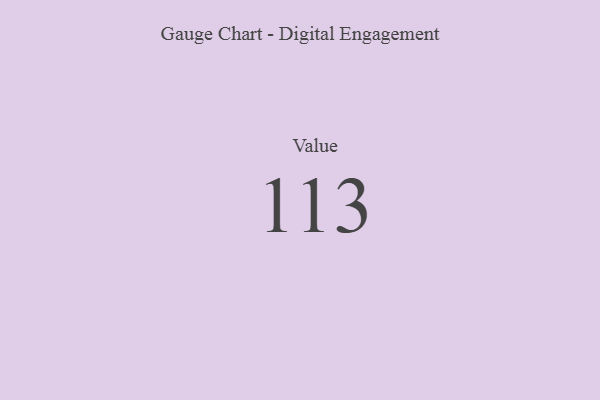
{"axis": {"x": "Metric", "y": "Value"}, "legend": [""], "data": [{"x": "Value", "y": 113, "type": ""}]}